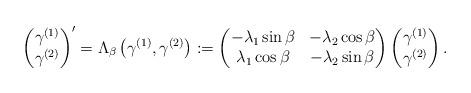
LaTeX: \begin{align*}\left(\begin{matrix} \gamma^{(1)}\\ \gamma^{(2)}\end{matrix}\right)'=\Lambda_\beta\left(\gamma^{(1)},\gamma^{(2)}\right):=\left(\begin{matrix}-\lambda_1\sin\beta&-\lambda_2\cos\beta\\\lambda_1\cos\beta&-\lambda_2\sin\beta\end{matrix}\right) \left(\begin{matrix} \gamma^{(1)}\\ \gamma^{(2)}\end{matrix}\right).\end{align*}